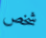
شخص